Vaccination in the Punjab 1919-1929 - 1919-1929
Year: 1919
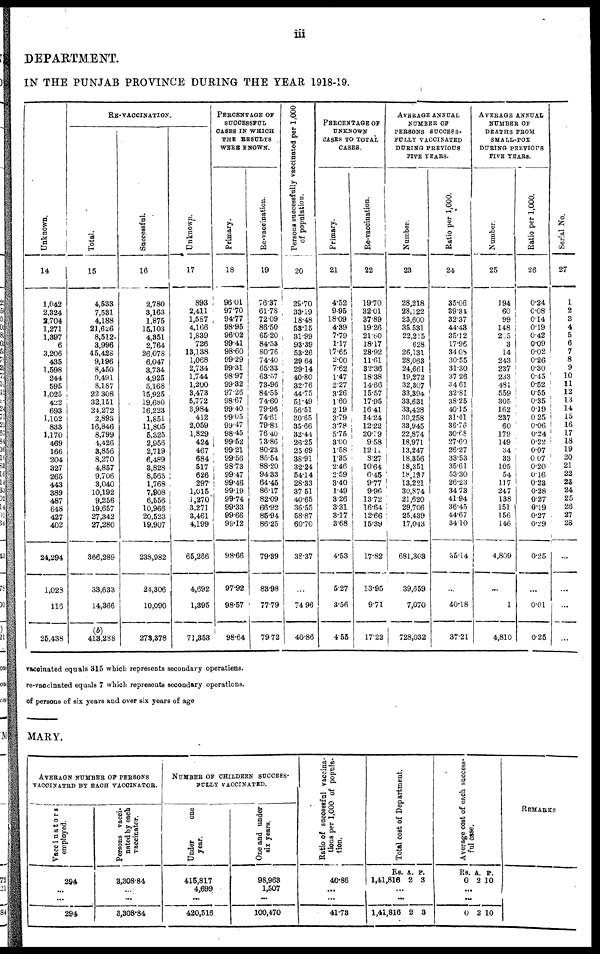
iii
DEPARTMENT.
IN THE PUNJAB PROVINCE DURING THE YEAR 1918-19.
Unknown.
14
1,042
2,324
2,704
1,271
1,397
6
3,206
435
1,598
244
595
1,025
422
693
1,102
833
1,170
469
166
204
327
265
443
389
487
648
427
402
24,294
1,023
116
25,438
RE-VACCINATION.
Total.
15
4,533
7,531
4,188
21,626
8,512
3,996
45,428
9,196
8,450
9,491
8,187
22,308
32,151
24,272
2,893
16,846
8,799
4,426
3,856
8,270
4,857
9,706
3,040
10,192
9,256
19,657
27,342
27,280
366,289
33,633
14,366
(b)
413,288
Successful.
16
2,780
3,163
1,875
15,103
4,351
2,764
26,078
6,047
3,734
4,925
5,168
15,925
19,680
16,223
1,851
11,805
5,325
2,956
2,719
6,489
3,828
8,565
1,768
7,908
6,556
10,966
20,523
19,907
238,982
24,306
10,090
273,378
Unknown.
17
893
2,411
1,587
4,166
1,839
726
13,138
1,068
2,734
1,744
1,200
3,473
5,772
3,984
412
2,059
1,829
424
467
684
517
626
297
1,015
1,270
3,271
3,461
4,199
65,266
4,692
1,395
71,353
PERCENTAGE OF
SUCCESSFUL
CASES IN WHICH
THE RESULTS
WERE KNOWN.
Primary.
18
96.01
97.70
94.77
98.95
96.02
99.41
98.60
99.29
99.31
98.97
99.32
97.26
98.67
99.40
99.05
99.47
98.45
99.52
99.21
99.56
98.73
99.47
99.46
99.19
99.74
99.33
99.66
99.12
98.66
97.92
98.57
98.64
Re-vaccination.
19
76.37
61.78
72.09
86.50
65.20
84.53
80.76
74.40
65.33
68.57
73.96
84.55
74.60
79.96
74.61
79.83
76.40
73.86
80.23
85.54
88.20
94.33
64.45
86.17
82.09
66.92
85.94
86.25
79.39
83.98
77.79
79.72
Persons successfully vaccinated per 1,000
of population.
20
29.70
33.19
18.48
58.15
31.99
93.39
53.26
29.64
29.14
40.80
32.76
44.75
51.49
56.51
30.65
35.66
32.44
26.25
25.69
38.91
32.24
54.14
28.33
37.51
40.65
36.55
58.87
60.70
38.37
...
74.96
40.86
PERCENTAGE OF
UNKNOWN
CASES TO TOTAL
CASES.
Primary.
21
4.52
9.95
18.09
4.39
7.79
1.17
17.65
2.00
7.62
1.47
2.27
3.26
1.60
2.19
3.79
3.78
5.75
3.00
1.58
1.35
2.46
2.59
3.40
1.49
3.26
3.31
3.17
3.68
4.53
5.27
3.56
4.55
Re-vaccination.
22
19.70
32.01
37.89
19.26
21.60
18.17
28.92
11.61
32.36
18.38
14.66
15.57
17.95
16.41
14.24
12.22
20.79
9.58
12.11
8.27
10.64
6.45
9.77
9.96
13.72
16.64
12.66
15.39
17.82
13.95
9.71
17.22
AVERAGE ANNUAL
NUMBER OF
PERSONS SUCCESS-
FULLY VACCINATED
DURING PREVIOUS
FIVE YEARS.
Number.
23
28,218
28,122
23,600
35,531
22,215
628
26,131
28,063
24,661
19,272
32,307
33,394
33,631
33,428
30,258
33,945
22,874
18,971
13,247
18,356
18,351
18,197
13,221
30,874
21,620
29,706
25,439
17,043
681,303
39,659
7,070
728,032
Ratio per 1,000.
24
35.06
39.34
32.37
44.43
35.12
17.96
34.08
30.55
31.30
37.26
34.61
32.81
38.25
40.15
31.41
36.76
30.68
27.60
26.27
33.53
35.61
53.30
26.23
34.73
41.94
36.45
44.67
34.10
35.14
...
40.18
37.21
AVERAGE ANNUAL
NUMBER OF
DEATHS FROM
SMALL-POX
DURING PERVIOUS
FIVE YEARS.
Number.
25
194
60
99
148
265
3
14
243
237
233
481
559
305
162
237
60
179
149
34
33
105
54
117
247
138
151
156
146
4,809
...
1
4,810
Ratio per 1,000.
26
0.24
0.08
0.14
0.19
0.42
0.09
0.02
0.26
0.30
0.45
0.52
0.55
0.35
0.19
0.25
0.06
0.24
0.22
0.07
0.07
0.20
0.16
0.23
0.28
0.27
0.19
0.27
0.29
0.25
...
0.01
0.25
Serial No.
27
1
2
3
4
5
6
7
8
9
10
11
12
13
14
15
16
17
18
19
20
21
22
23
24
25
26
27
28
...
...
...
...
vaccinated equals 315 which represents secondary operations.
re-vaccinated equals 7 which represents secondary operations.
of persons of six years and over six years of age
MARY.
AVERAGN NUMBER OF PERSONS
VACCINATED BY EACH VACCINATOR.
Vaccinators
employed.
294
...
...
294
Persons vacci-
nated by each
vaccinator.
3,308.84
...
...
3,308.84
NUMBER OF CHILDERN SUCCESS-
FULLY VACCINATED.
Under
one
year.
415,817
4,699
...
420,516
One and under
six years.
98,963
1,507
...
100,470
Ratio of successful vaccina-
tions per 1,000 of popula-
tion.
40.86
...
...
41.73
Total cost of Department.
Rs.
1,41,816
A.
2
P.
3
...
...
1,41,816 2 3
Average cost of each success-
ful case.
Rs.
0
A.
2
P.
10
...
...
0 2 10
REMARKS